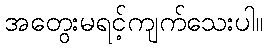
အတွေးမရင့်ကျက်သေးပါ။